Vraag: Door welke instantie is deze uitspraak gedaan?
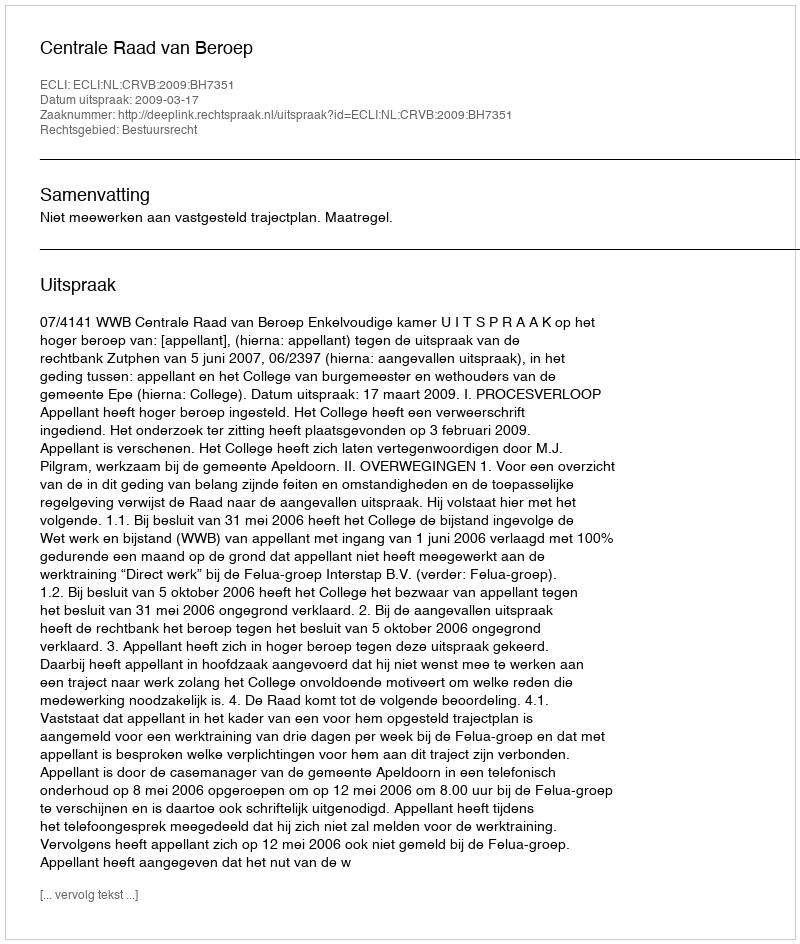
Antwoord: Centrale Raad van Beroep